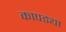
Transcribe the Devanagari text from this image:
कापड्या